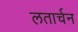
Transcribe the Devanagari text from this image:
लतार्चन